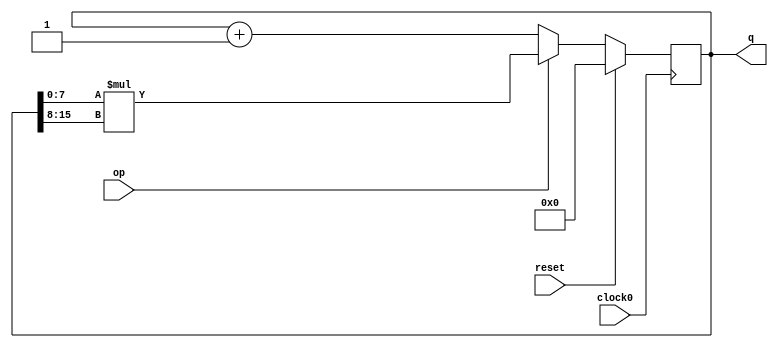
module counter16 (clock0,reset,op,q);
input clock0;
input reset;
input op;
output [15:0] q;
reg [15:0] q;

always @ (posedge clock0)
begin
    if (reset)
        q <= 'd0;
    else if (op=='d1)
        q <= q[7:0] * q[15:8];
    else
        q <= q+'d1;
end

endmodule